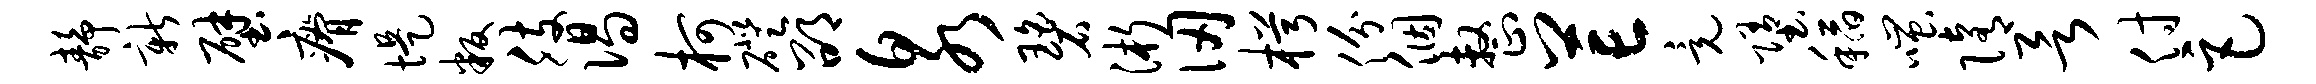
静新壁瘠堤叛肢偈柯磴邵泉碧浙仞枵份个整芒竟堕稻嗤隋欲付巨